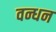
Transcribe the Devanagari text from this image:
वन्धन